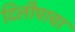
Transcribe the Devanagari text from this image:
दिलीपाचा